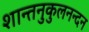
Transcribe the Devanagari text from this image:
शान्तनुकुलनन्दन